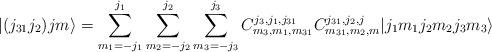
LaTeX: \begin{align*}|(j_{31}j_{2})jm\rangle=\sum_{m_{1}=-j_{1}}^{j_{1}}\sum_{m_{2}=-j_{2}}^{j_{2}}\sum_{m_{3}=-j_{3}}^{j_{3}}C_{m_{3},m_{1},m_{31}}^{j_{3},j_{1},j_{31}}C_{m_{31},m_{2},m}^{j_{31},j_{2},j}|j_{1}m_{1}j_{2}m_{2}j_{3}m_{3}\rangle\end{align*}